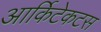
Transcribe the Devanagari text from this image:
आर्किटेकटस